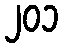
၂၀၁